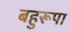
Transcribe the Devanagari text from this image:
बहुरूपा